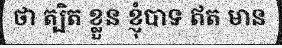
ថា ត្បិត ខ្លួន ខ្ញុំបាទ ឥត មាន